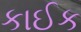
કાઈક